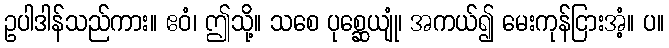
ဥပါဒါန်သည်ကား။ ဧဝံ၊ ဤသို့။ သစေ ပုစ္ဆေယျုံ၊ အကယ်၍ မေးကုန်ငြားအံ့။ ပ။